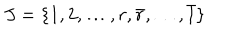
LaTeX: J = \{ 1 , 2 , \dots , r , \bar { r } , \dots , \bar { 1 } \}